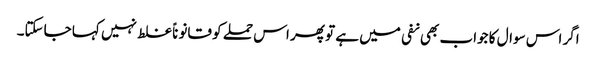
اگر اس سوال کا جواب بھی نفی میں ہے تو پھر اس حملے کو قانوناً غلط نہیں کہا جاسکتا۔